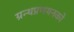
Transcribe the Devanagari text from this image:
ग्रन्थप्रणयनकाे